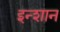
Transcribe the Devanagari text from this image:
इन्शान